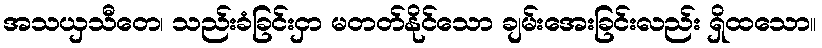
အသယှသီတေ၊ သည်းခံခြင်းငှာ မတတ်နိုင်သော ချမ်းအေးခြင်းလည်း ရှိထသော။